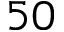
5 0